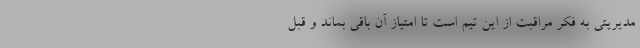
مدیریتی به فکر مراقبت از این تیم است تا امتیاز آن باقی بماند و قبل